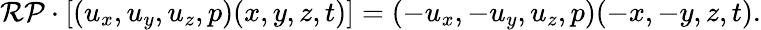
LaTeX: \mathcal{RP}\cdot[(u_{x},u_{y},u_{z},p)(x,y,z,t)]=(-u_{x},-u_{y},u_{z},p)(-x,-y,z,t).